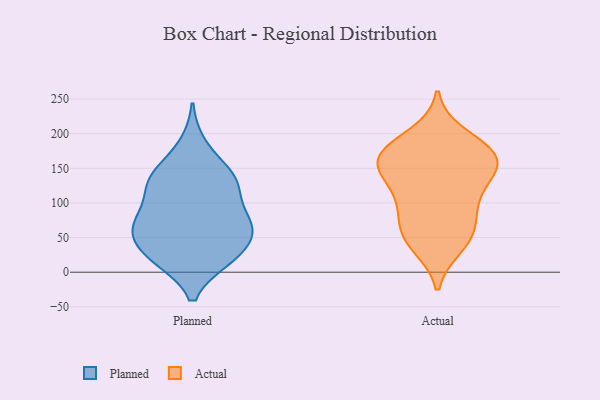
{"axis": {"x": "Bounce Rate (%)", "y": "Value"}, "legend": ["Actual", "Planned"], "data": [{"x": "", "y": 113, "type": "Planned"}, {"x": "", "y": 71, "type": "Planned"}, {"x": "", "y": 21, "type": "Planned"}, {"x": "", "y": 143, "type": "Planned"}, {"x": "", "y": 52, "type": "Planned"}, {"x": "", "y": 67, "type": "Planned"}, {"x": "", "y": 64, "type": "Planned"}, {"x": "", "y": 138, "type": "Planned"}, {"x": "", "y": 77, "type": "Planned"}, {"x": "", "y": 118, "type": "Planned"}, {"x": "", "y": 127, "type": "Planned"}, {"x": "", "y": 20, "type": "Planned"}, {"x": "", "y": 52, "type": "Planned"}, {"x": "", "y": 19, "type": "Planned"}, {"x": "", "y": 142, "type": "Planned"}, {"x": "", "y": 73, "type": "Planned"}, {"x": "", "y": 21, "type": "Planned"}, {"x": "", "y": 184, "type": "Planned"}, {"x": "", "y": 64, "type": "Actual"}, {"x": "", "y": 51, "type": "Actual"}, {"x": "", "y": 134, "type": "Actual"}, {"x": "", "y": 85, "type": "Actual"}, {"x": "", "y": 198, "type": "Actual"}, {"x": "", "y": 174, "type": "Actual"}, {"x": "", "y": 133, "type": "Actual"}, {"x": "", "y": 165, "type": "Actual"}, {"x": "", "y": 169, "type": "Actual"}, {"x": "", "y": 183, "type": "Actual"}, {"x": "", "y": 151, "type": "Actual"}, {"x": "", "y": 154, "type": "Actual"}, {"x": "", "y": 45, "type": "Actual"}, {"x": "", "y": 163, "type": "Actual"}, {"x": "", "y": 97, "type": "Actual"}, {"x": "", "y": 38, "type": "Actual"}, {"x": "", "y": 104, "type": "Actual"}]}